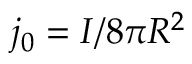
j _ { 0 } = I / 8 \pi R ^ { 2 }